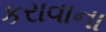
કરાવાના